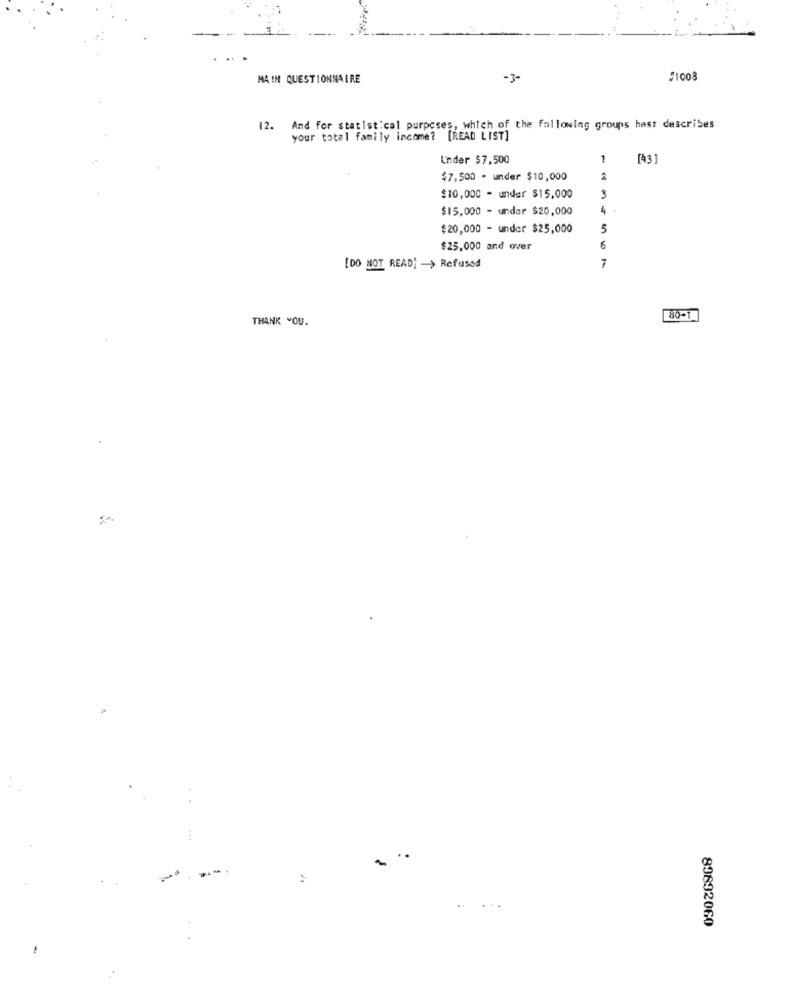
MAIN QUESTIONNAIRE
-3-
$1008
12. And for statistical purposes, which of the following groups best describes
your total family income? [READ LIST]
Under $7,500
1
$7.500 - under $10,000
2
$10,000 - under $15,000
3
$15,000 - under $20,000
4
$20,000 - under $25,000
5
$25,000 and over
6
7
[DO NOT READ: - > Refused
THANK YOU.
80-1
. .
89892060